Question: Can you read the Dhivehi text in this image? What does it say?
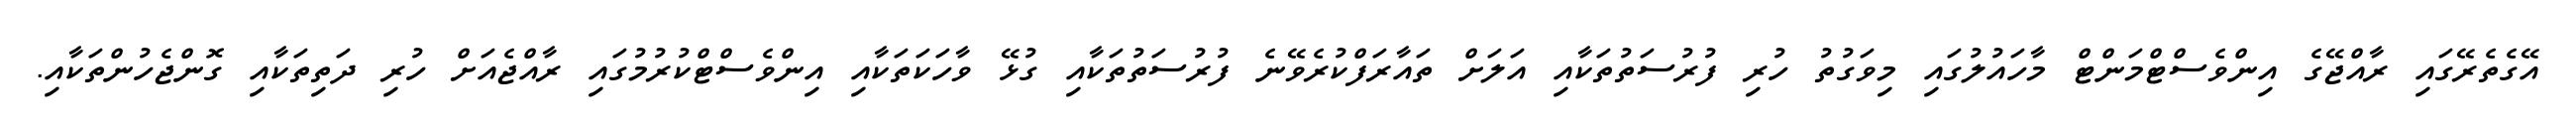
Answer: އޭގެތެރޭގައި ރާއްޖޭގެ އިންވެސްޓްމަންޓް މާހައުލުގައި މިވަގުތު ހުރި ފުރުސަތުތަކާއި އަލަށް ތައާރަފްކުރެވޭނެ ފުރުސަތުތަކާއި ގުޅޭ ވާހަކަތަކާއި އިންވެސްޓްކުރުމުގައި ރާއްޖެއަށް ހުރި ދަތިތަކާއި ގޮންޖެހުންތަކާއި.